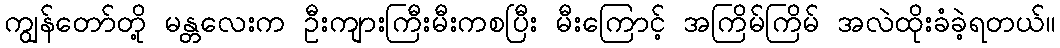
ကျွန်တော်တို့ မန္တလေးက ဦးကျားကြီးမီးကစပြီး မီးကြောင့် အကြိမ်ကြိမ် အလဲထိုးခံခဲ့ရတယ်။